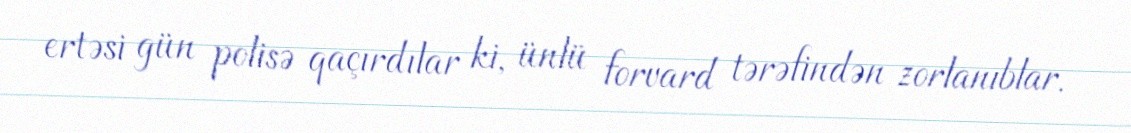
ertəsi gün polisə qaçırdılar ki, ünlü forvard tərəfindən zorlanıblar.